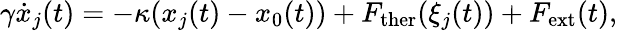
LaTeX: \gamma\dot{x}_{j}(t)=-\kappa(x_{j}(t)-x_{0}(t))+F_{\mathrm{ther}}(\xi_{j}(t))+F_{\mathrm{ext}}(t),